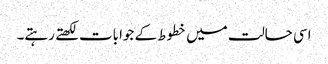
اسی حالت میں خطوط کے جوابات لکھتے رہتے۔